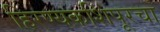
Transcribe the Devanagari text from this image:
हिरण्यकशिपूरचा